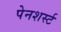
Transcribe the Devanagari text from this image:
पेनशर्स्ट